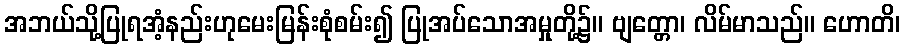
အဘယ်သို့ပြုရအံ့နည်းဟုမေးမြန်းစုံစမ်း၍ ပြုအပ်သောအမှုတို့၌။ ဗျတ္တော၊ လိမ်မာသည်။ ဟောတိ၊